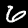
Label: 6